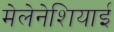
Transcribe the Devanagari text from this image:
मेलेनेशियाई